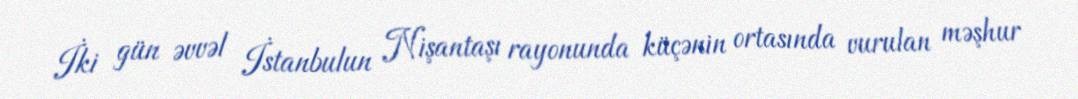
İki gün əvvəl İstanbulun Nişantaşı rayonunda küçənin ortasında vurulan məşhur